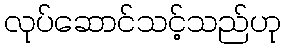
လုပ်ဆောင်သင့်သည်ဟု